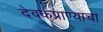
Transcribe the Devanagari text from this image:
देवकप्राण्याचा